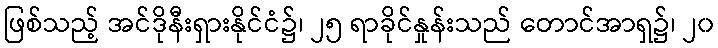
ဖြစ်သည့် အင်ဒိုနီးရှားနိုင်ငံ၌၊ ၂၅ ရာခိုင်နှုန်းသည် တောင်အာရှ၌၊ ၂၀